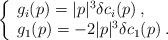
LaTeX: \begin{align*}\left\{ \begin{array}{l}g_{i}(p)=|p|^{3}\delta c_{i}(p)\: ,\\g_{1}(p)=-2|p|^{3}\delta c_{1}(p)\: .\end{array}\right.\end{align*}